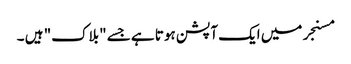
مسنجر میں ایک آپشن ہوتا ہے جسے "بلاک" ہیں ۔